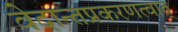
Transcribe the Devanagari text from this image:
वेदान्तप्रकरणत्वात्